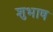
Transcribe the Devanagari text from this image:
शुभाष